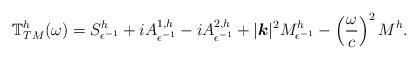
LaTeX: \begin{align*}{\mathbb T}_{TM}^h(\omega)=S_{\epsilon^{-1}}^h+iA_{\epsilon^{-1}}^{1,h}-iA_{\epsilon^{-1}}^{2,h}+|{\boldsymbol k}|^2 M_{\epsilon^{-1}}^h-\left(\frac{\omega}{c}\right)^2 M^h.\end{align*}